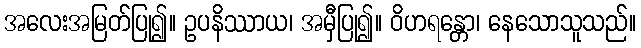
အလေးအမြတ်ပြု၍။ ဥပနိဿာယ၊ အမှီပြု၍။ ဝိဟရန္တော၊ နေသောသူသည်။